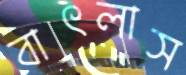
বাৎলাস